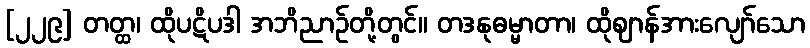
[၂၂၉] တတ္ထ၊ ထိုပဋိပဒါ အဘိညာဉ်တို့တွင်။ တဒနုဓမ္မာတာ၊ ထိုဈာန်အားလျော်သော